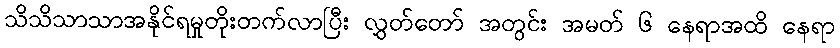
သိသိသာသာအနိုင်ရမှုတိုးတက်လာပြီး လွှတ်တော် အတွင်း အမတ် ၆ နေရာအထိ နေရာ